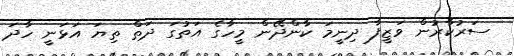
ސަރުކާރުން ވަޒީފާ ދިނީމަ ކާންދޭން މީހާގެ އަތުގަ ދަތް ތިޔަ އަޅަނީ ހާދަ